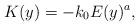
LaTeX: \begin{align*} K(y)=-k_0E(y)^a, \end{align*}